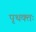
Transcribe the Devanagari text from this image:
पृथक्तः